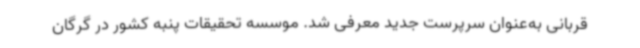
قربانی به‌عنوان سرپرست جدید معرفی شد. موسسه تحقیقات پنبه کشور در گرگان